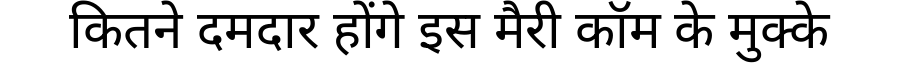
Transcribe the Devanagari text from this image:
कितने दमदार होंगे इस मैरी कॉम के मुक्के